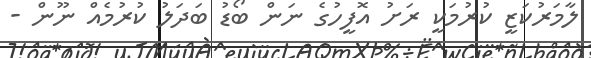
ލާމަރުކަޒީ ކުރުމަކީ ރަށު އޮފީހުގެ ނަން ބޯޑު ބަދަލު ކުރުމެއް ނޫން -